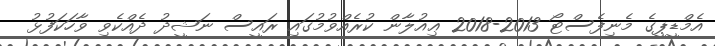
އެމްޑީޕީގެ މެނިފެސްޓޯ 2013-2018 ޢިއުލާން ކުރެއްވުމުގައި ރައީސް ނަޝީދު ދެއްކެވި ވާހަކަފުޅު